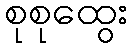
စုစုထွေး